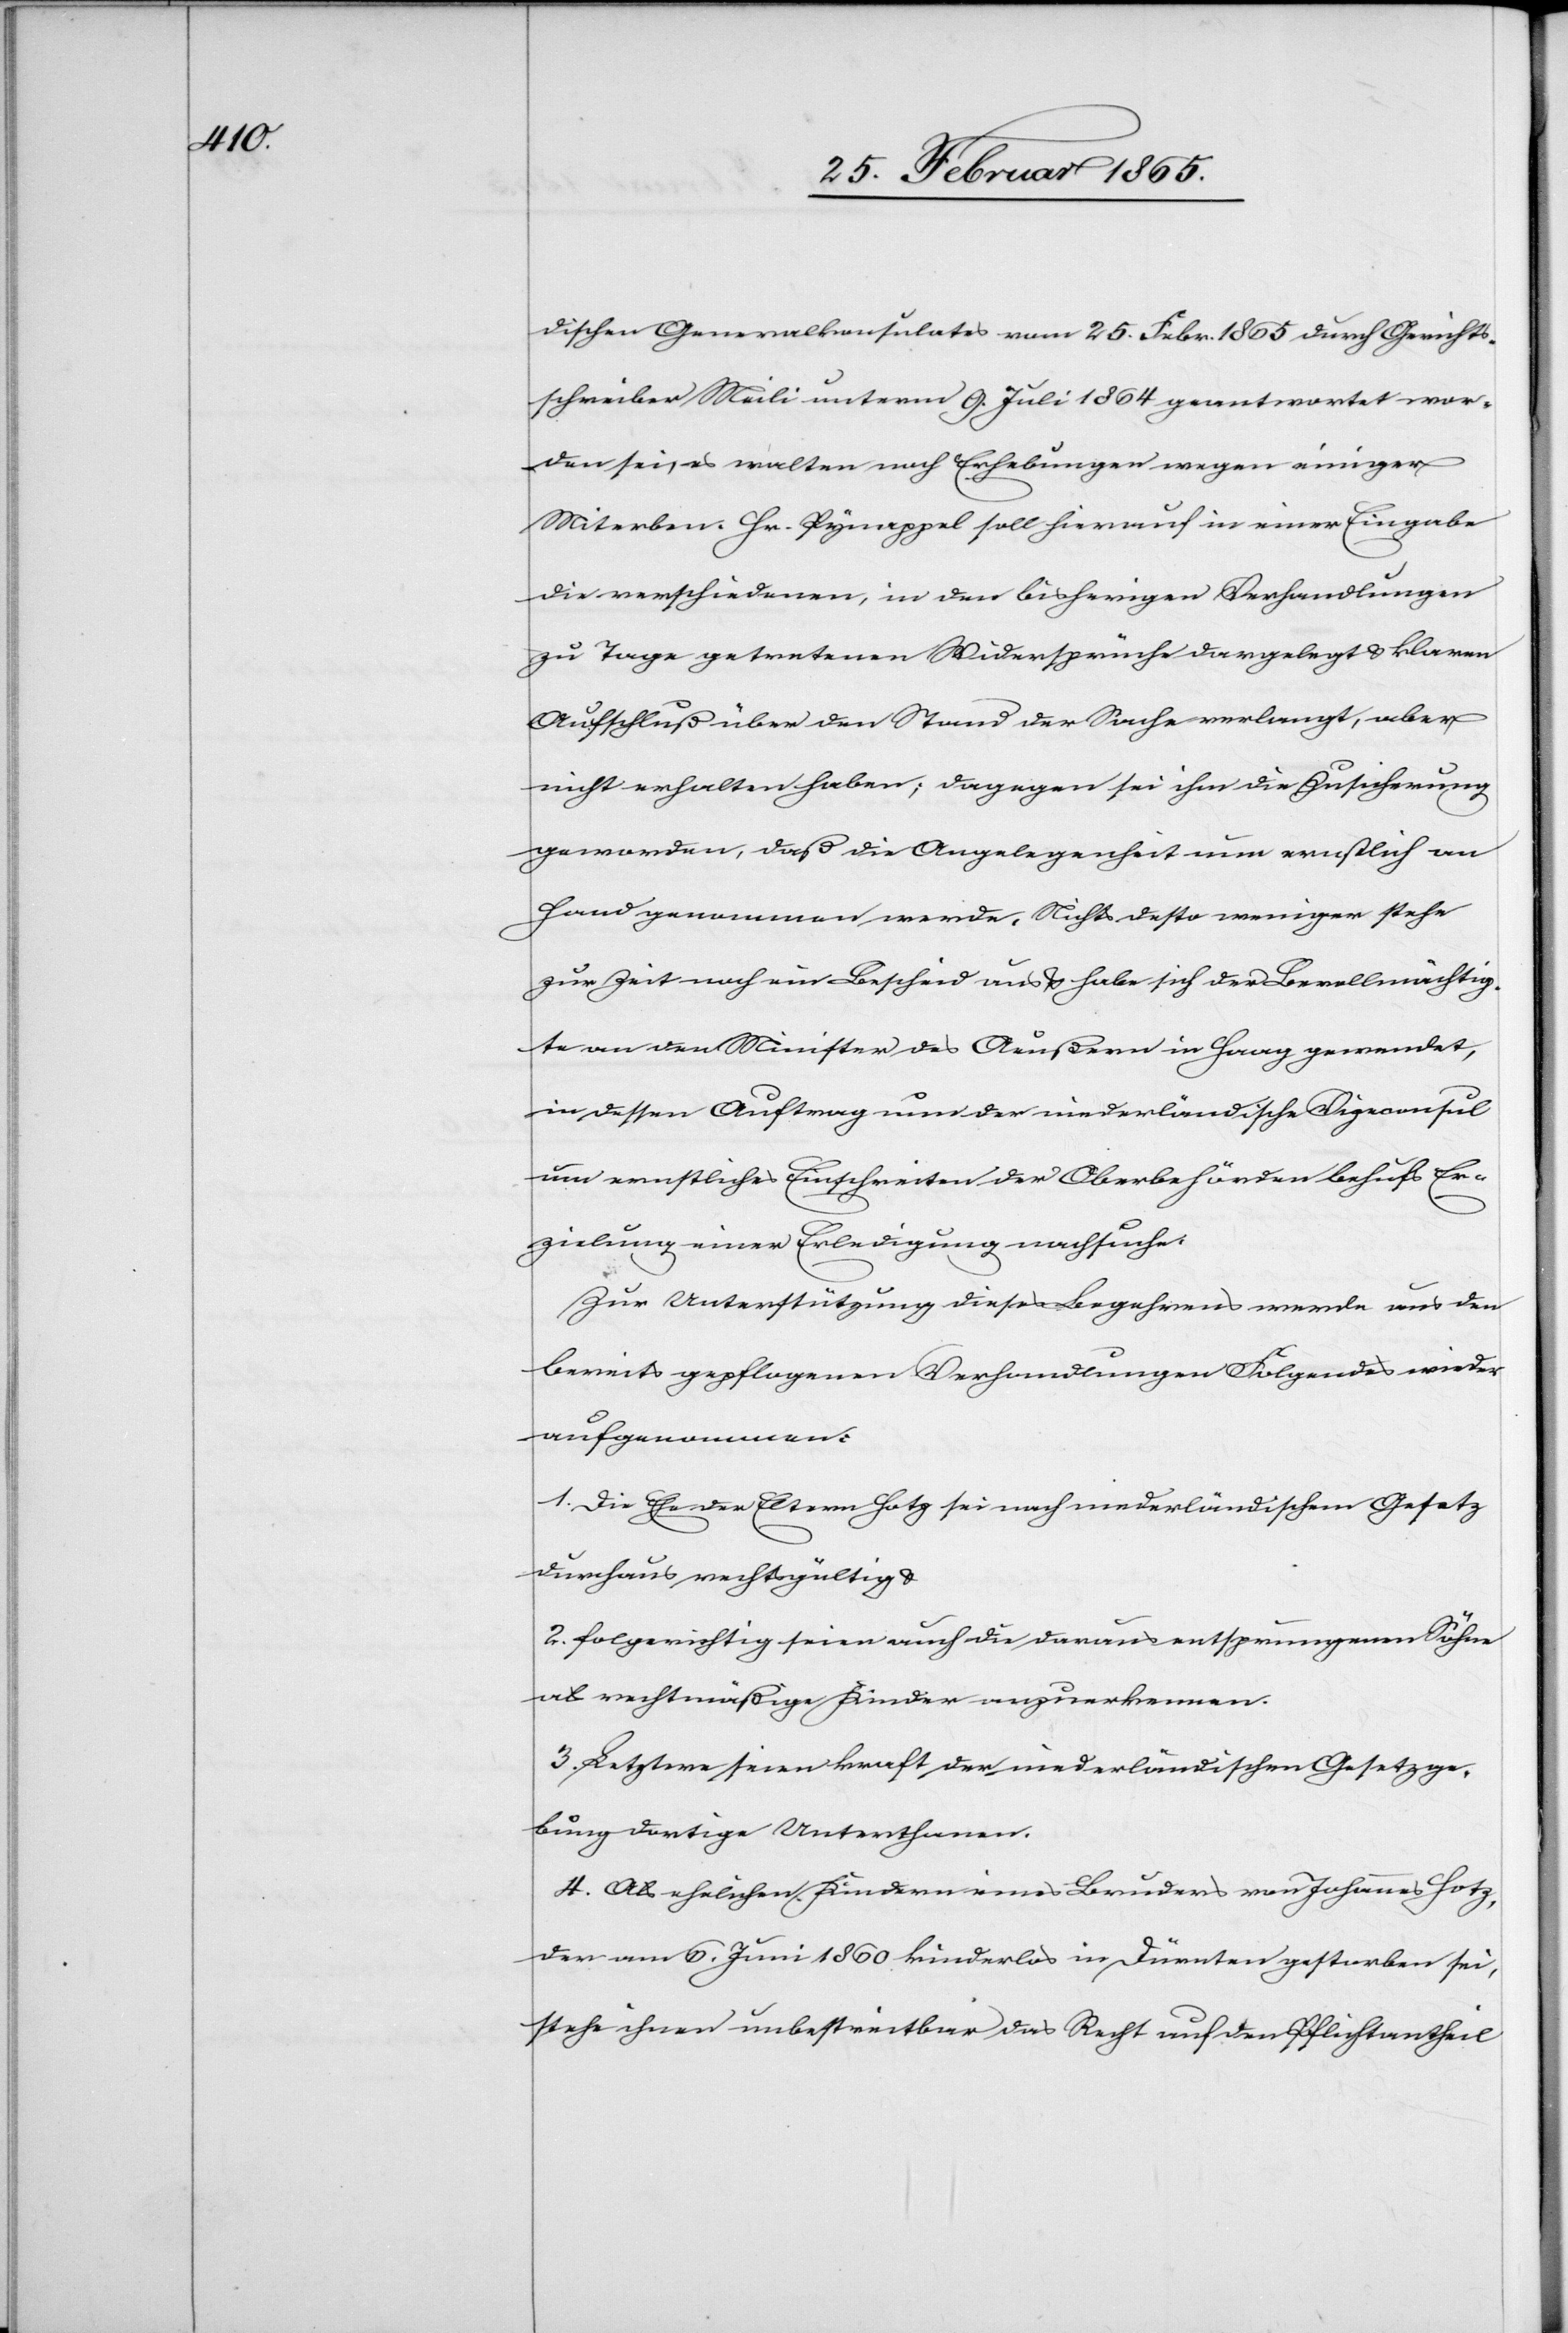
dischen Generalkonsulates vom 25. Febr. 1865 durch Gerichts¬
schreiber Meili unterm 9. Juli 1864 geantwortet wor¬
den sei, es walten noch Erhebungen wegen einiger
Miterben. Hr. Pynappel soll hierauf in einer Eingabe
die verschiedenen, in den bisherigen Verhandlungen
zu Tage getretenen Widersprüche dargelegt u. klaren
Aufschluß über den Stand der Sache verlangt, aber
nicht erhalten haben; dagegen sei ihm die Zusicherung
geworden, daß die Angelegenheit nun ernstlich an
Hand genommen werde. Nichts desto weniger stehe
zur Zeit noch ein Bescheid aus u. habe sich der Bevollmächtig¬
te an den Minister des Aeußern in Haag gewendet,
in dessen Auftrag nun der niederländische Vizeconsul
um ernstliches Einschreiten der Oberbehörden behufs Er¬
zielung einer Erledigung nachsuche.
Zur Unterstützung dieses Begehrens werde aus den
bereits gepflogenen Verhandlungen Folgendes wieder¬
aufgenommen:
1. Die Ehe der Eltern Hotz sei nach niederländischem Gesetz
durchaus rechtsgültig u.
2. folgerichtig seien auch die daraus entsprungenen Söhne
als rechtmäßige Kinder anzuerkennen.
3. Letztere seien kraft der niederländischen Gesetzge¬
bung dortige Unterthanen.
4. Als ehelichen Kindern eines Bruders von Johannes Hotz,
der am 6. Juni 1860 kinderlos in Dürnten gestorben sei,
stehe ihnen unbestreitbar das Recht auf den Pflichtantheil